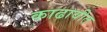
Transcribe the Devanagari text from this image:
काढावीत